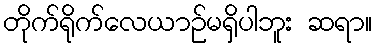
တိုက်ရိုက်လေယာဉ်မရှိပါဘူး ဆရာ။